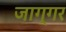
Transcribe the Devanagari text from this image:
जाग्गर